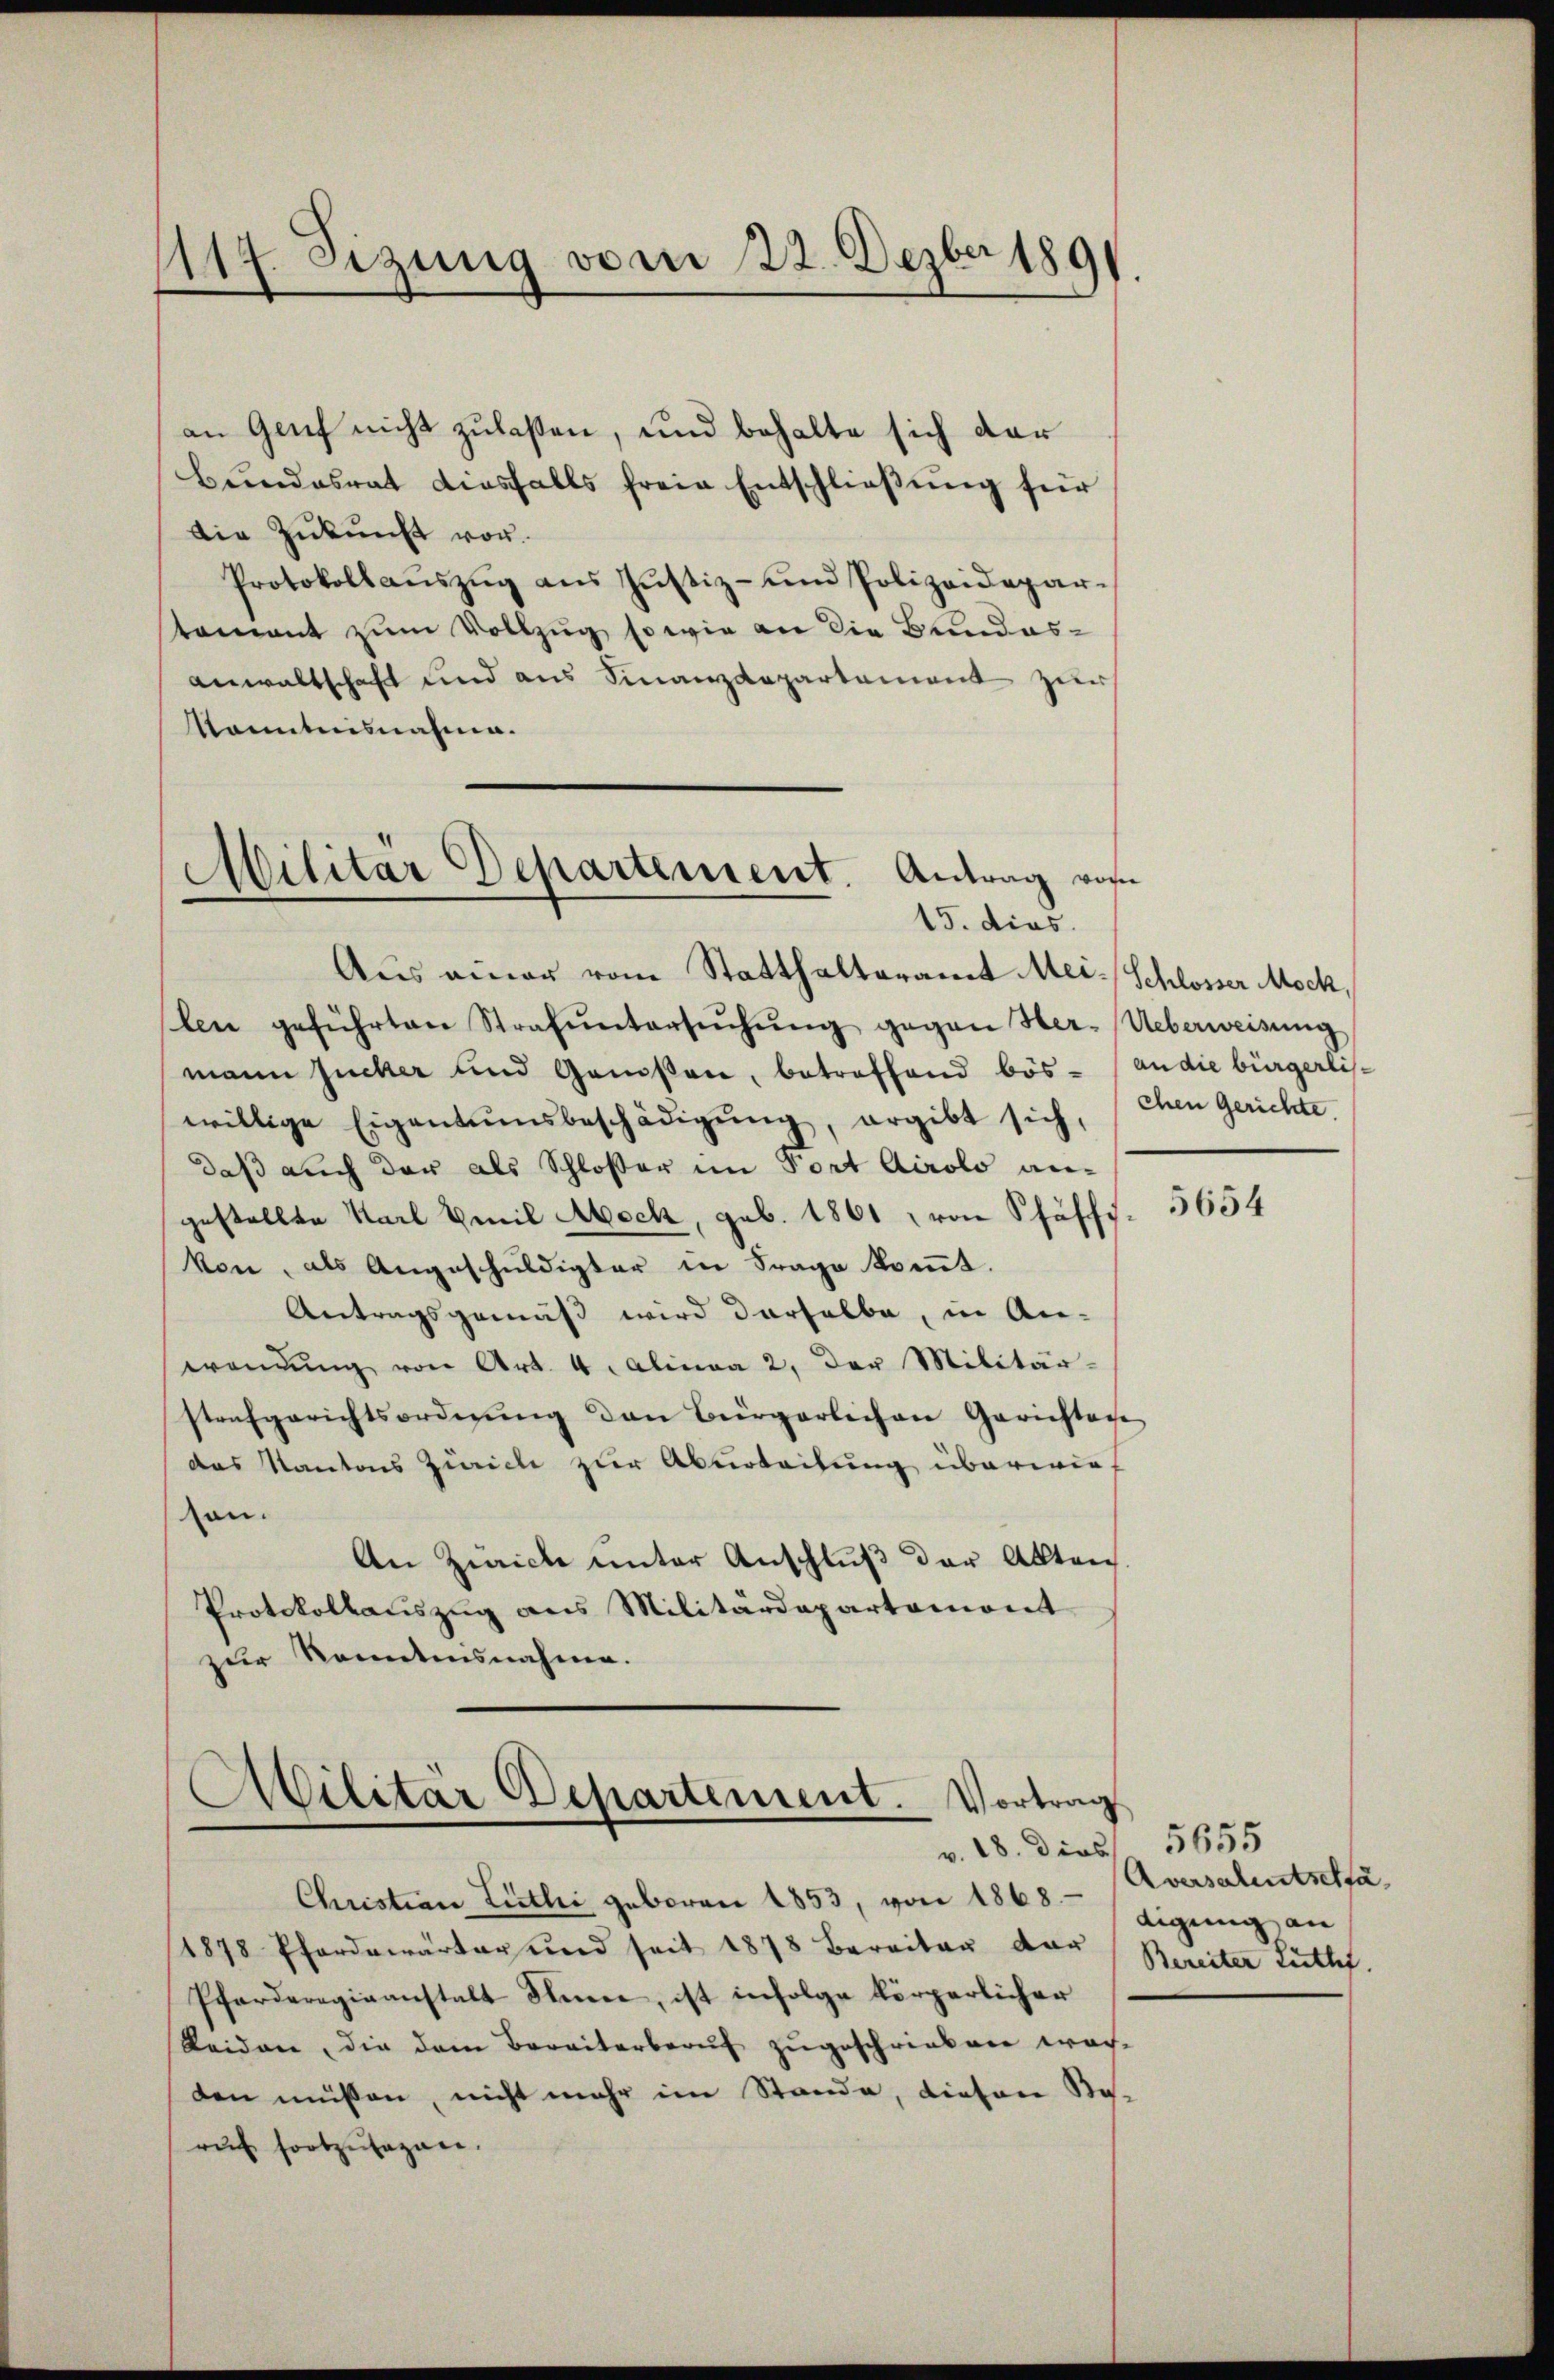
117. Sizung vom 22. Dezbr 1891.
f

an Genf nicht zulaßen, und behalte sich dar
Bŭndesrat diesfalls freie Entschlieβŭng für
Die Zukunft vor.
Protokollaŭszŭg ans Justiz- und Polizeidepar-
tament zum Vollzug, so wie an die Bundesanwaltschaft und aus Finanzdepartement zur
kanntnisnahme.
Militär Departement. Antrag von

15. dies
Aus einer vom Statthalteramt Mei-Schlosser Mock,

len geführten Strafŭntersŭchŭng gegen Her-Ueberweisŭng
mann Zucker und Genoßen, betreffend bös- (an die bürgerliswillige Eigentumsbeschädigŭng, ergibt sich, Ehen Gerichte
daß auch der als Schlosser im Port Airolo angestellte Karl Emil Moch, geb. 1861 von Schäff
kon, als Angeschuldigter in Frage kommt.
Antragsgemäß wird derselbe, in An-
wendŭng von Art. 4. Alinea 2. Der Militär-
strafgerichtsordnung den Bürgerlichen Gerichtaxe
das Kantons Zürich zur Aburteilung überwirf
son.
An Zürich unter Anschluß der Akten
Protokollauszug aus Militärdepartemont
zur Kenntnisnahme.

Militär Departement. Vortrag
v. 18. dies

Christian Litli geboren 1853, von 1865 digung an
1878 Pferdewärter und seit 1878 Bereiter dar
Pferderogieanstalt Stime, ist infolge körperlicher
Seiden, die dem Bereiterberuf zugeschrieben wor-
den müssen, nicht mehr im Stande, diesen So-
ruf fortzusagen.

5654

5655
Aversalentschfa
Bereiter Luth